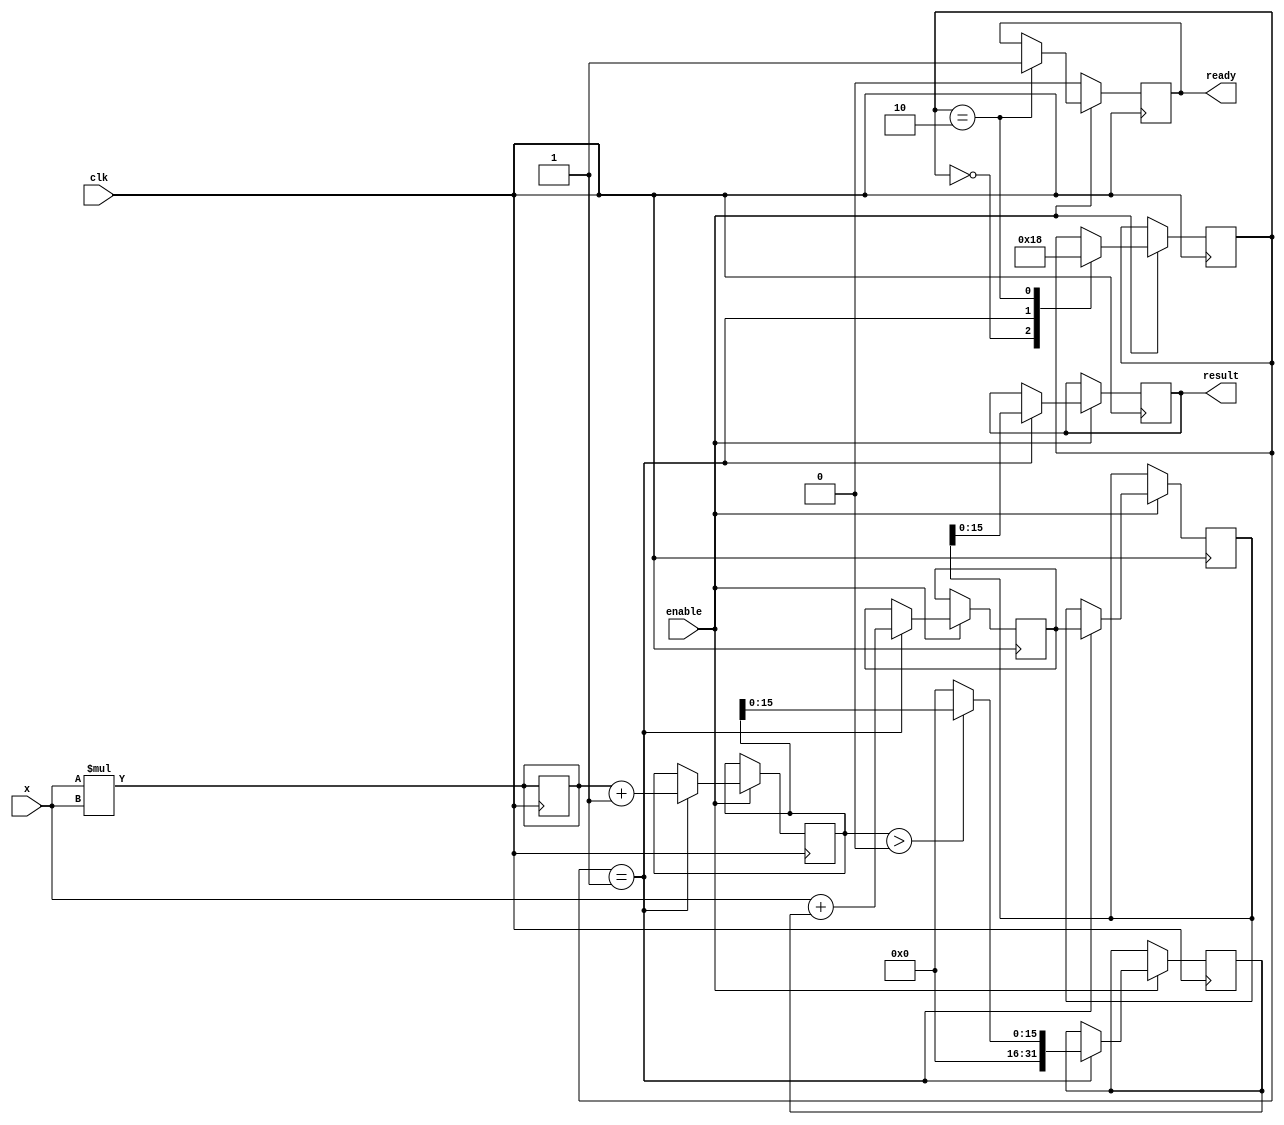
module asinh(
    input wire clk,
    input wire enable,
    input wire signed [15:0] x,          // 16-bit signed input
    output reg signed [15:0] result,      // 16-bit signed output
    output reg ready                       // Output signal to indicate result is valid
);

    reg signed [31:0] x_squared;         // 32-bit for x^2 calculation
    reg signed [31:0] sqrt_term;          // 32-bit for sqrt(x^2 + 1)
    reg signed [31:0] sqrt_result;        // Result of square root
    reg signed [31:0] ln_input;           // Input to logarithm function
    reg signed [31:0] ln_result;          // Result of logarithm function
    
    // Simple square calculation: x^2
    always @(*) begin
        x_squared = x * x;
    end

    // Simple approximation of square root using an iterative method or a simple fixed-point representation
    // Replace this with an actual square root implementation as needed
    function [31:0] sqrt;
        input [31:0] value;
        begin
            // Placeholder: Implement square root calculation here
            // Using a simple iterative method or CORDIC for better performance
            sqrt = value > 0 ? value[15:0] : 0; // Naive approximation
        end
    endfunction

    // Natural logarithm calculation: using a simple approximation
    function [31:0] ln;
        input [31:0] value;
        begin
            // Placeholder: Implement logarithm calculation here
            // Using CORDIC, lookup tables or other methods
            ln = value; // Naive approximation, replace with actual implementation
        end
    endfunction

    // State machine to control the operation
    reg [1:0] state;
    parameter IDLE = 2'b00, COMPUTE = 2'b01, DONE = 2'b10;

    always @(posedge clk) begin
        if (enable) begin
            case (state)
                IDLE: begin
                    if (enable) begin
                        // Compute x^2
                        x_squared <= x * x;
                        state <= COMPUTE;
                    end
                end
                COMPUTE: begin
                    // Calculate sqrt(x^2 + 1)
                    sqrt_term <= x_squared + 32'h00000001; // x^2 + 1
                    sqrt_result <= sqrt(sqrt_term); // Compute square root
                    ln_input <= x + sqrt_result; // x + sqrt(x^2 + 1)
                    ln_result <= ln(ln_input);     // Compute ln
                    result <= ln_result[15:0];     // Truncate to 16 bits
                    state <= DONE;
                end
                DONE: begin
                    ready <= 1; // Set ready signal
                    state <= IDLE; // Go back to IDLE state
                end
            endcase
        end
        else begin
            ready <= 0; // Reset ready signal when not enabled
        end
    end

endmodule